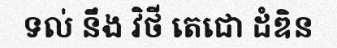
ទល់ នឹង វិថី តេជោ ដំឌិន